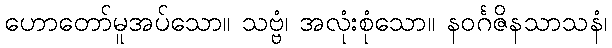
ဟောတော်မူအပ်သော။ သဗ္ဗံ၊ အလုံးစုံသော။ နဝင်္ဂဇိနသာသနံ၊